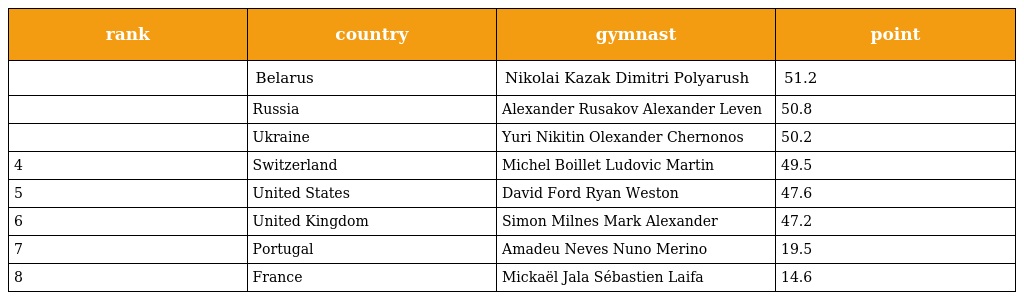
| rank | country | gymnast | point |
 | --- | --- | --- | --- |
 |  | Belarus | Nikolai Kazak Dimitri Polyarush | 51.2 |
 |  | Russia | Alexander Rusakov Alexander Leven | 50.8 |
 |  | Ukraine | Yuri Nikitin Olexander Chernonos | 50.2 |
 | 4 | Switzerland | Michel Boillet Ludovic Martin | 49.5 |
 | 5 | United States | David Ford Ryan Weston | 47.6 |
 | 6 | United Kingdom | Simon Milnes Mark Alexander | 47.2 |
 | 7 | Portugal | Amadeu Neves Nuno Merino | 19.5 |
 | 8 | France | Mickaël Jala Sébastien Laifa | 14.6 |